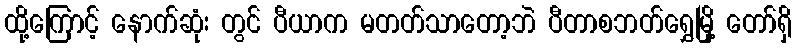
ထို့ကြောင့် နောက်ဆုံး တွင် ပီယာက မတတ်သာတော့ဘဲ ပီတာစဘတ်ရွှေမြို့ တော်ရှိ